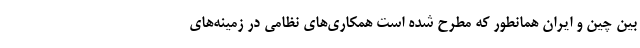
بین چین و ایران همانطور که مطرح شده است همکاری‌های نظامی در زمینه‌های